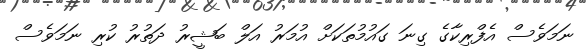
ނަމަވެސް އެފްރިކާގެ ގިނަ ގައުމުތަކަށް އުމަރު އަލް ބަޝީރު ދަތުރު ކުރި ނަމަވެސް